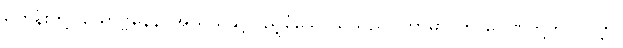
ရဟန်းတို့။ ယောဗ္ဗနေန၊ အယွယ်နှင့်ပြည့်စုံသောသူသည်။ ကာမာ၊ ကာမဂုဏ်တို့ကို။ လဗ္ဘာ၊